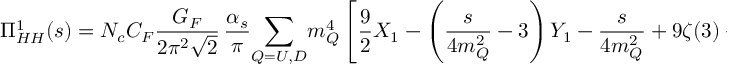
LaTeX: \Pi _ { H H } ^ { 1 } ( s ) = N _ { c } C _ { F } { \frac { G _ { F } } { 2 \pi ^ { 2 } \sqrt 2 } } \, { \frac { \alpha _ { s } } { \pi } } \! \sum _ { Q = U , D } \! m _ { Q } ^ { 4 } \left[ { \frac { 9 } { 2 } } X _ { 1 } - \left( { \frac { s } { 4 m _ { Q } ^ { 2 } } } - 3 \right) Y _ { 1 } - { \frac { s } { 4 m _ { Q } ^ { 2 } } } + 9 \zeta ( 3 ) + H _ { 1 } \left( { \frac { s } { 4 m _ { Q } ^ { 2 } } } \right) \right] ,